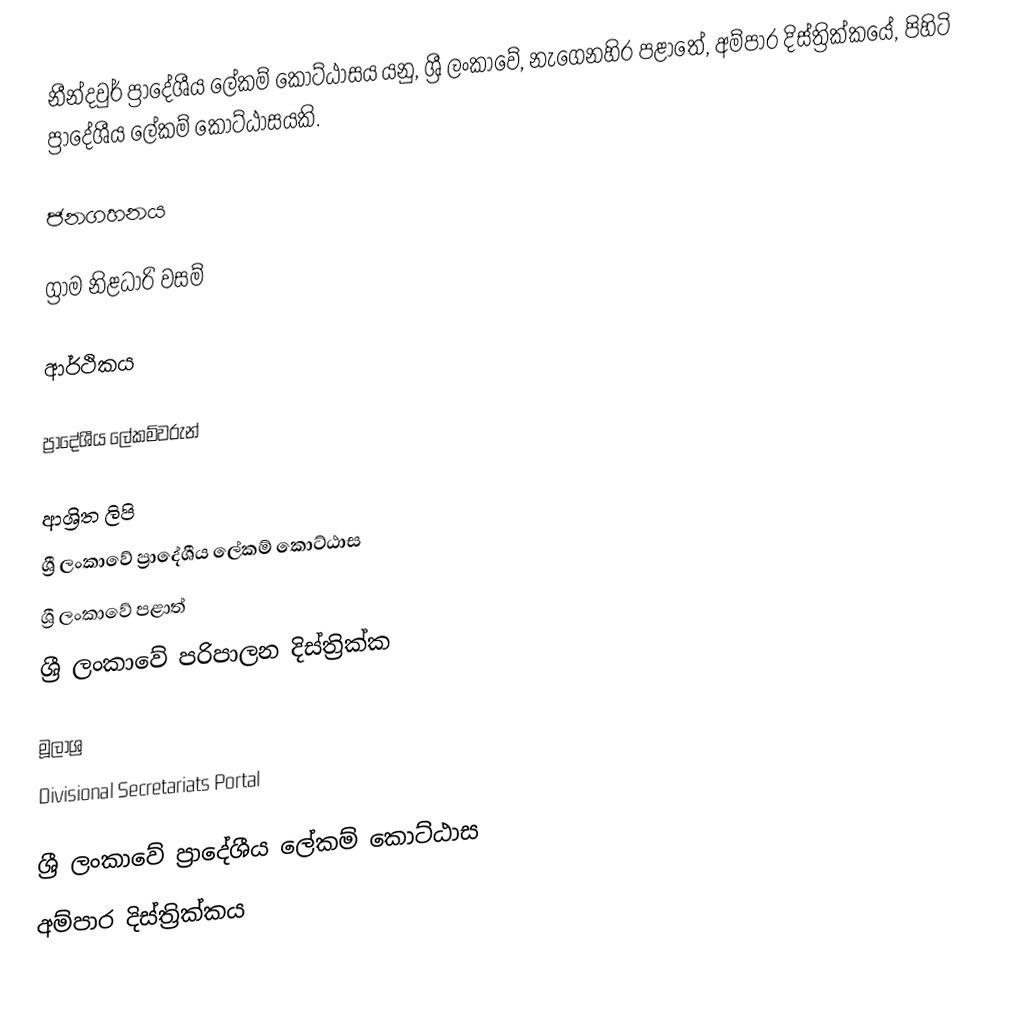
නීන්දවුර් ප්‍රාදේශීය ලේකම් කොට්ඨාසය යනු,  ශ්‍රී ලංකාවේ, නැගෙනහිර පළාතේ,   අම්පාර දිස්ත්‍රික්කයේ, පිහිටි ප්‍රාදේශීය ලේකම් කොට්ඨාසයකි.

ජනගහනය

ග්‍රාම නිළධාරි වසම්

ආර්ථිකය

ප්‍රාදේශීය ලේකම්වරුන්

ආශ්‍රිත ලිපි
ශ්‍රී ලංකාවේ ප්‍රාදේශීය ලේකම් කොට්ඨාස
ශ්‍රී ලංකාවේ පළාත්
ශ්‍රී ලංකාවේ පරිපාලන දිස්ත්‍රික්ක

මූලාශ්‍ර
 Divisional Secretariats Portal

ශ්‍රී ලංකාවේ ප්‍රාදේශීය ලේකම් කොට්ඨාස
අම්පාර දිස්ත්‍රික්කය